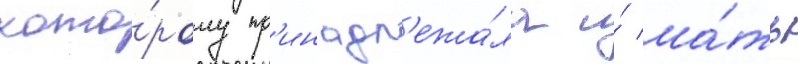
кото́рому пр'инадл'ежа́ла и́ ма́ть